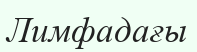
Лимфадағы